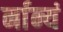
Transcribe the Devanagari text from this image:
र्नान्यं